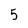
Character: 5